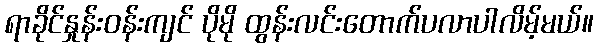
ရာခိုင်နှုန်းဝန်းကျင် ပိုမို ထွန်းလင်းတောက်ပလာပါလိမ့်မယ်။